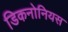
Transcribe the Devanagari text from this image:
डिकनोनियस